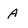
Character: A